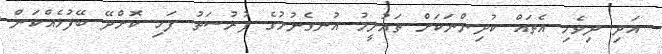
އަދި ދިވެހި އެތައް ކުދިންނަކަށް ތައުލީމު އުނގެނުމުގެ ފުރުސަތު ފަހި ކޮށްދޭ ބޭފުޅެއްކަން